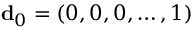
{ \bf d } _ { 0 } = ( 0 , 0 , 0 , \dots , 1 )